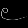
Digit: ၉